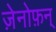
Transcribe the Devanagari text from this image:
ज़ेनोफ़न्